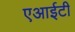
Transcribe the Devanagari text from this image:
एआईटी